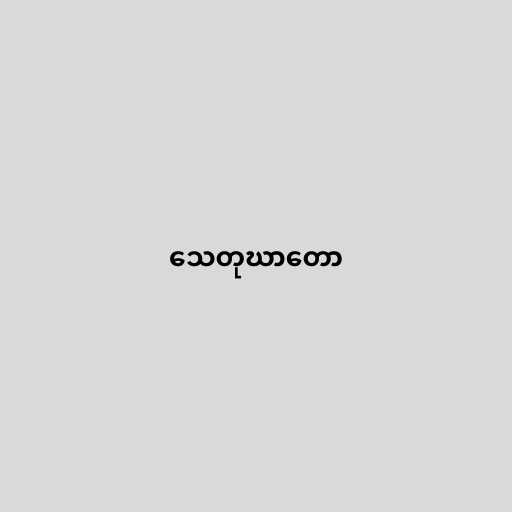
သေတုဃာတော